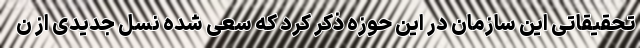
تحقیقاتی این سازمان در این حوزه ذکر کرد که سعی شده نسل جدیدی از ن